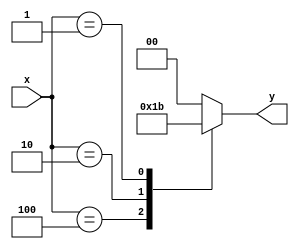
module encoder4(x, y);
    input [3:0] x;     
    output [1:0] y;  
    reg y;    

    always @(*)         // Continuous assignment
    begin
        case(x)
            4'b1000 : y = 2'b00; 
            4'b0100 : y = 2'b01; 
            4'b0010 : y = 2'b10;
            4'b0001 : y = 2'b11; 
            default: y = 2'b00; 
        endcase
    end
endmodule